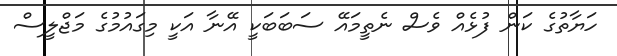
ހަޔާތުގެ ކަން ފުޅެއް ވެސް ނެތީމައޭ ސަބަބަކީ އޭނާ އަކީ މިގައުމުގެ މަޖްލީސް